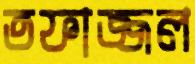
তফাজ্জল